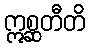
ဣစ္ဆတီတိ